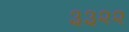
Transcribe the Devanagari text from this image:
३३२२